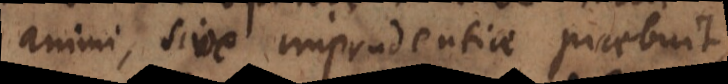
animi, sive imprudentiae praebuit,